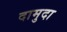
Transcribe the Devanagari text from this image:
दामुदा